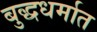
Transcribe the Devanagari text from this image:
बुद्धधर्मात